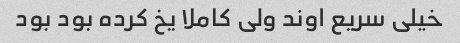
خیلی سریع اوند ولی کاملا یخ کرده بود بود